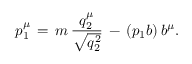
p _ { 1 } ^ { \mu } \, = \, m \, \frac { q _ { 2 } ^ { \mu } } { \sqrt { q _ { 2 } ^ { 2 } } } \, - \, ( p _ { 1 } b ) \, b ^ { \mu } .